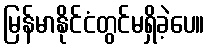
မြန်မာနိုင်ငံတွင်မရှိခဲ့ပေ။